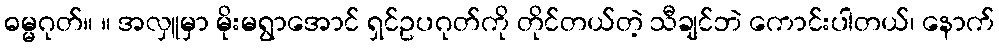
ဓမ္မဂုတ်။ ။ အလှူမှာ မိုးမရွာအောင် ရှင်ဥပဂုတ်ကို တိုင်တယ်တဲ့ သီချင်ဘဲ ကောင်းပါတယ်၊ နောက်